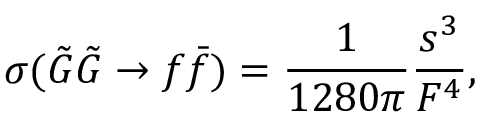
\sigma ( { \tilde { G } } { \tilde { G } } \rightarrow f { \bar { f } } ) = { \frac { 1 } { 1 2 8 0 \pi } } { \frac { s ^ { 3 } } { F ^ { 4 } } } ,